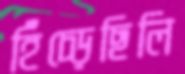
হিঁচ্‌ড়েছিলি